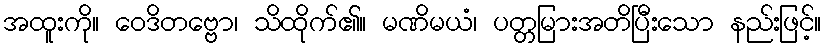
အထူးကို။ ဝေဒိတဗ္ဗော၊ သိထိုက်၏။ မဏိမယံ၊ ပတ္တမြားအတိပြီးသော နည်းဖြင့်။